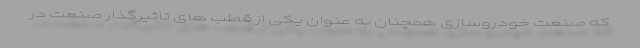
که صنعت خودروسازی همچنان به عنوان یکی از قطب های تاثیرگذار صنعت در